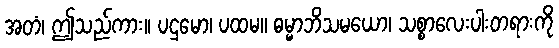
အတံ၊ ဤသည်ကား။ ပဌမော၊ ပထမ။ ဓမ္မာဘိသမယော၊ သစ္စာလေးပါးတရားကို